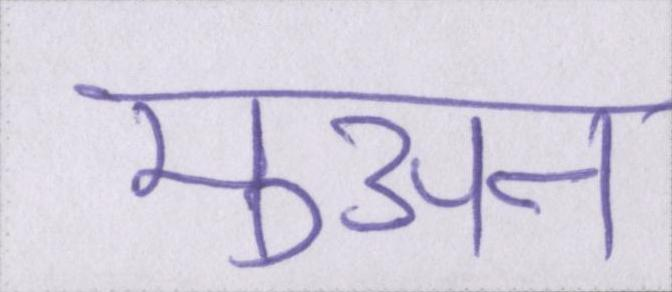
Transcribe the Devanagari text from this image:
मुअन